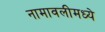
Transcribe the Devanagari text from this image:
नामावलीमध्ये